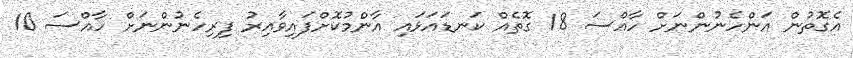
އެގޮތުން އަންހެނުންނަށް ހާއްސަ 18 ގޮތެއް ކަނޑައަޅައި އާންމުކޮށްފައިވާއިރު ފިރިހެނުންނަށް ހާއްސަ 10